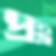
প্রহ্ল